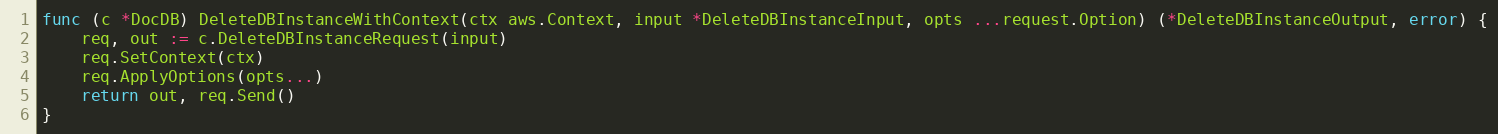
Language: Go
func (c *DocDB) DeleteDBInstanceWithContext(ctx aws.Context, input *DeleteDBInstanceInput, opts ...request.Option) (*DeleteDBInstanceOutput, error) {
	req, out := c.DeleteDBInstanceRequest(input)
	req.SetContext(ctx)
	req.ApplyOptions(opts...)
	return out, req.Send()
}